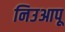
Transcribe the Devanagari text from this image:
निउआपू